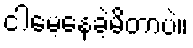
ငါမေ့နေခဲ့မိတာပဲ။